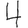
Digit: 4